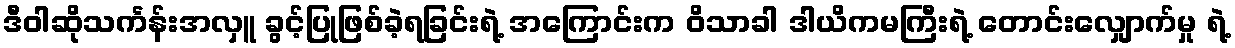
ဒီဝါဆိုသင်္ကန်းအလှူ ခွင့်ပြုဖြစ်ခဲ့ရခြင်းရဲ့ အကြောင်းက ဝိသာခါ ဒါယိကမကြီးရဲ့ တောင်းလျှောက်မှု ရဲ့